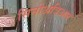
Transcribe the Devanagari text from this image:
सिनोअत्रिअल